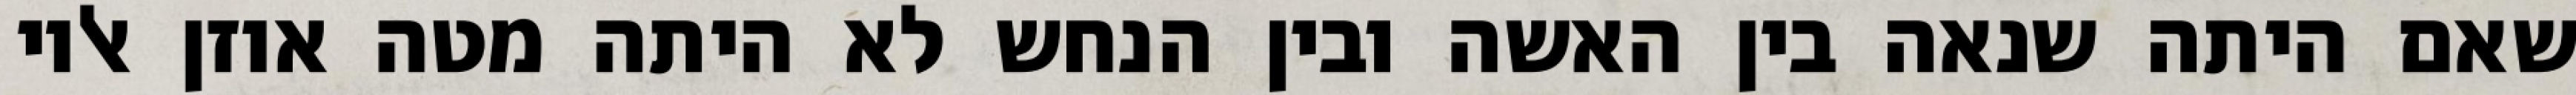
שאם היתה שנאה בין האשה ובין הנחש לא היתה מטה אוזן אליו